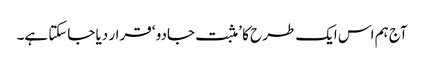
آج ہم اس ایک طرح کا ’ مثبت جادو ‘ قرار دیا جاسکتا ہے۔